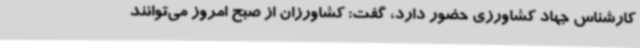
کارشناس جهاد کشاورزی حضور دارد، گفت: کشاورزان از صبح امروز می‌توانند